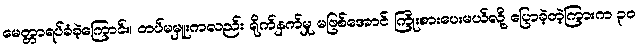
မေတ္တာရပ်ခံခဲ့ကြောင်း၊ တပ်မမှူးကလည်း ရိုက်နှက်မှု မဖြစ်အောင် ကြိုးစားပေးမယ်လို့ ပြောခဲ့တဲ့ကြားက ၃၀